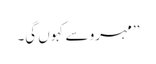
’’مہرو سے کہوں گی۔